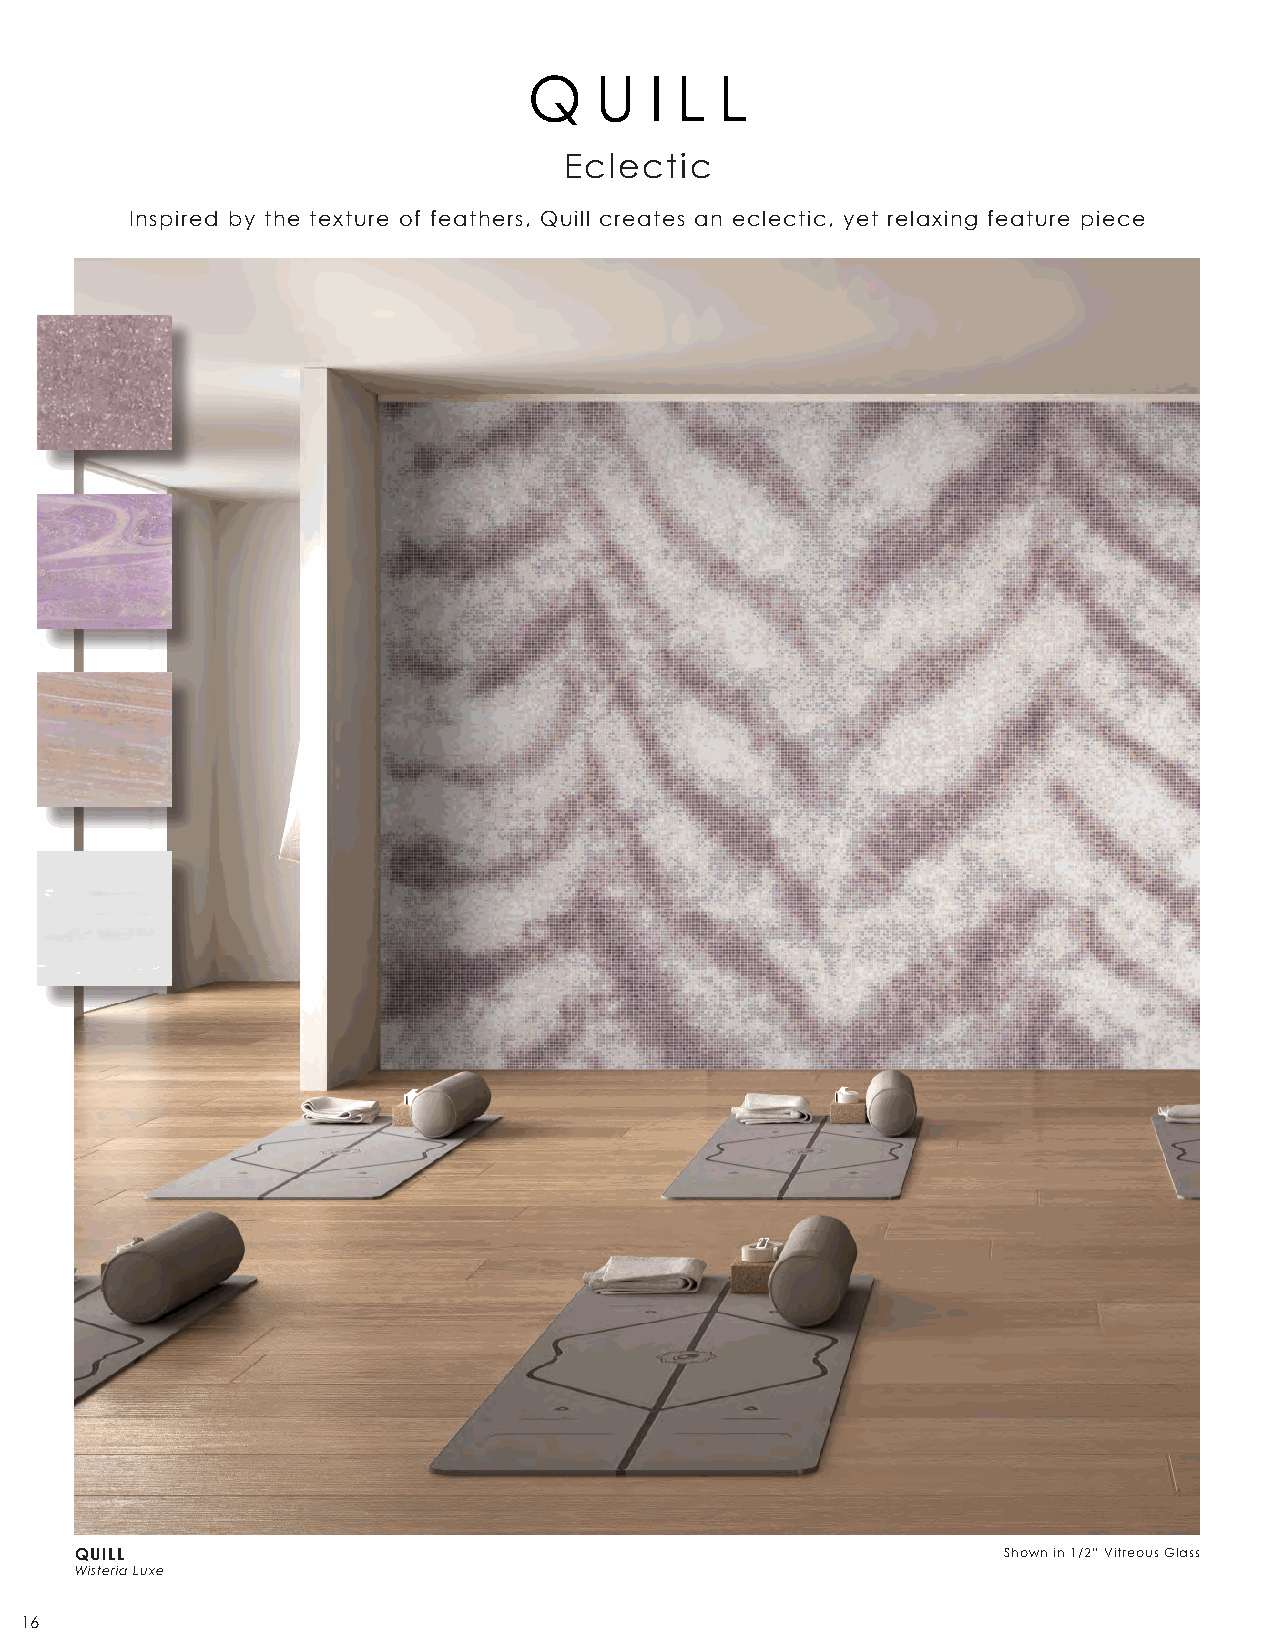
Q   U   I L  L
 Eclectic
 Inspired by the texture of feathers, Quill creates an eclectic, yet relaxing feature piece
 QUILL                                                        Shown in 1/2” Vitreous Glass
 Wisteria Luxe
 16